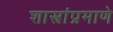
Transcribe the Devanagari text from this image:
शास्त्रांप्रमाणे